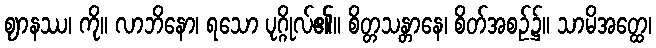
ဈာနဿ၊ ကို။ လာဘိနော၊ ရသော ပုဂ္ဂိုလ်၏။ စိတ္တသန္တာနေ၊ စိတ်အစဉ်၌။ သာမိအတ္ထေ၊